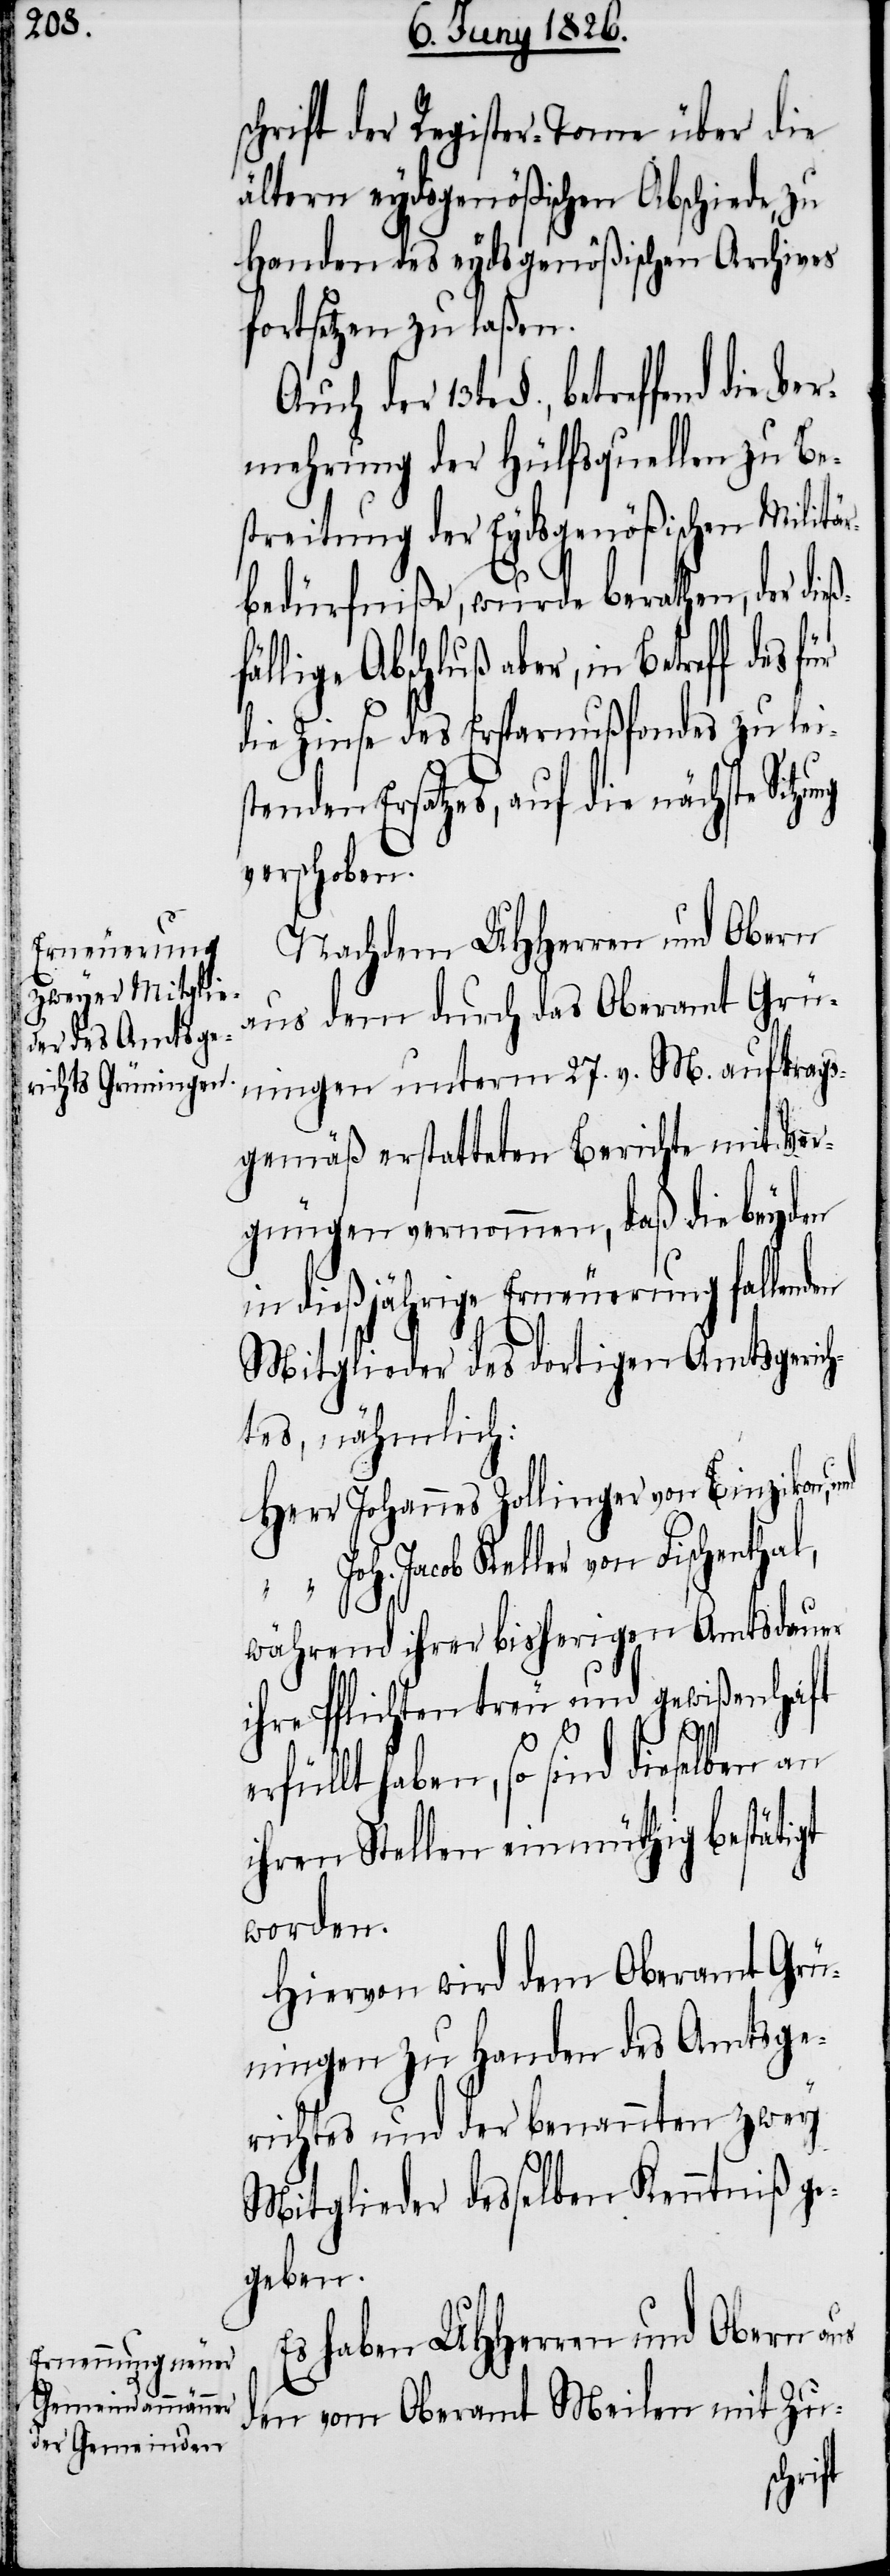
schrift der Register-Tome über die
ältern eydsgenößischen Abschiede, zu
Handen des eydsgenößischen Archives
fortsetzen zu laßen.
der 13te §., betreffend die Ve¬
rmehrung der Hülfsquellen zu Be¬
streitung der Eydsgenößischen Militär¬
bedürfniße, wurde berathen, der dieß¬
fällige Abschluß aber, in Betreff des
die Zinse des Ersparnußfondes zu lei¬
stenden Ersatzes, auf die nächste
verschoben.
Nachdem UHHerren und Obern
aus dem durch das Oberamt Grün¬
ingen unterm 27. v. M. auftrags¬
gemäß erstatteten Berichte mit Ver¬
gnügen vernommen, daß die beyden
in dießjährige Erneuerung fallenden
Mitglieder des dortigen Amtsgerich¬
tes, nähmlich:
Herr	Johannes Zollinger von Binzikon,
Jacob Keller von Fischent¬
während ihrer bisherigen Amtsdauer
ihre Pflichten treu und gewißenhaft
erfüllt haben, so sind dieselben an
ihren Stellen einmüthig bestätigt
worden.
Hiervon wird dem Oberamt Grü¬
ningen zu Handen des Amtsge¬
richtes und der benannten zwey
Mitglieder desselben Kenntniß ge¬
geben.
Es haben UHHerren und Obern aus
den vom Oberamt Meilen mit Zu-
hal,